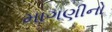
માગણીનો